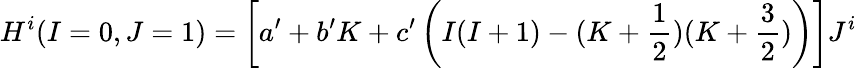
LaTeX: H^{i}(I=0,J=1)=\left[a^{\prime}+b^{\prime}K+c^{\prime}\left(I(I+1)-(K+\frac{1}{2})(K+\frac{3}{2})\right)\right]J^{i}